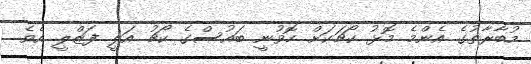
މުބާރާތުގެ އެންމެ މޮޅު ކޯޗަކަށް ހޮވުނީ ބައުސްގެ ކޯޗު އަލީ ފަޒްލީ އެވެ.